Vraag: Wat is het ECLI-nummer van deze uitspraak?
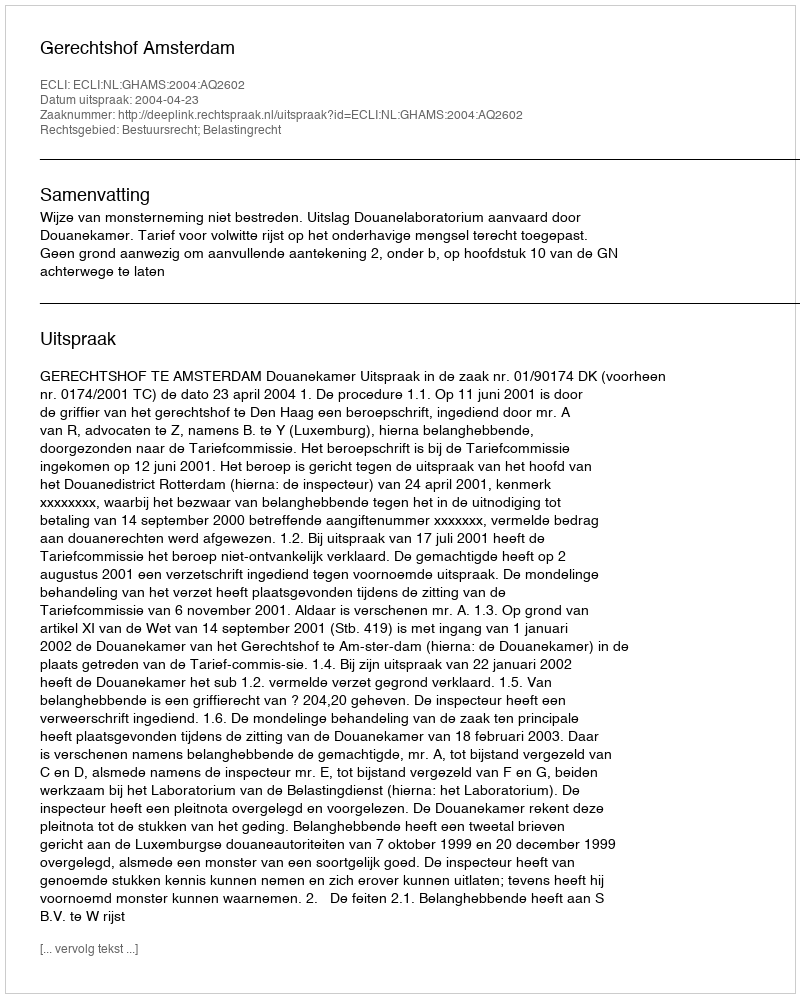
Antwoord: ECLI:NL:GHAMS:2004:AQ2602